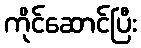
ကိုင်ဆောင်ပြီး